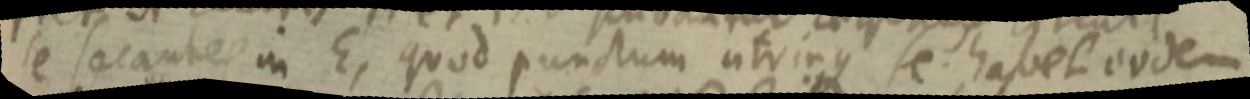
se secantes in E, quod punctum utrinque se habet eodem